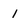
Character: 1